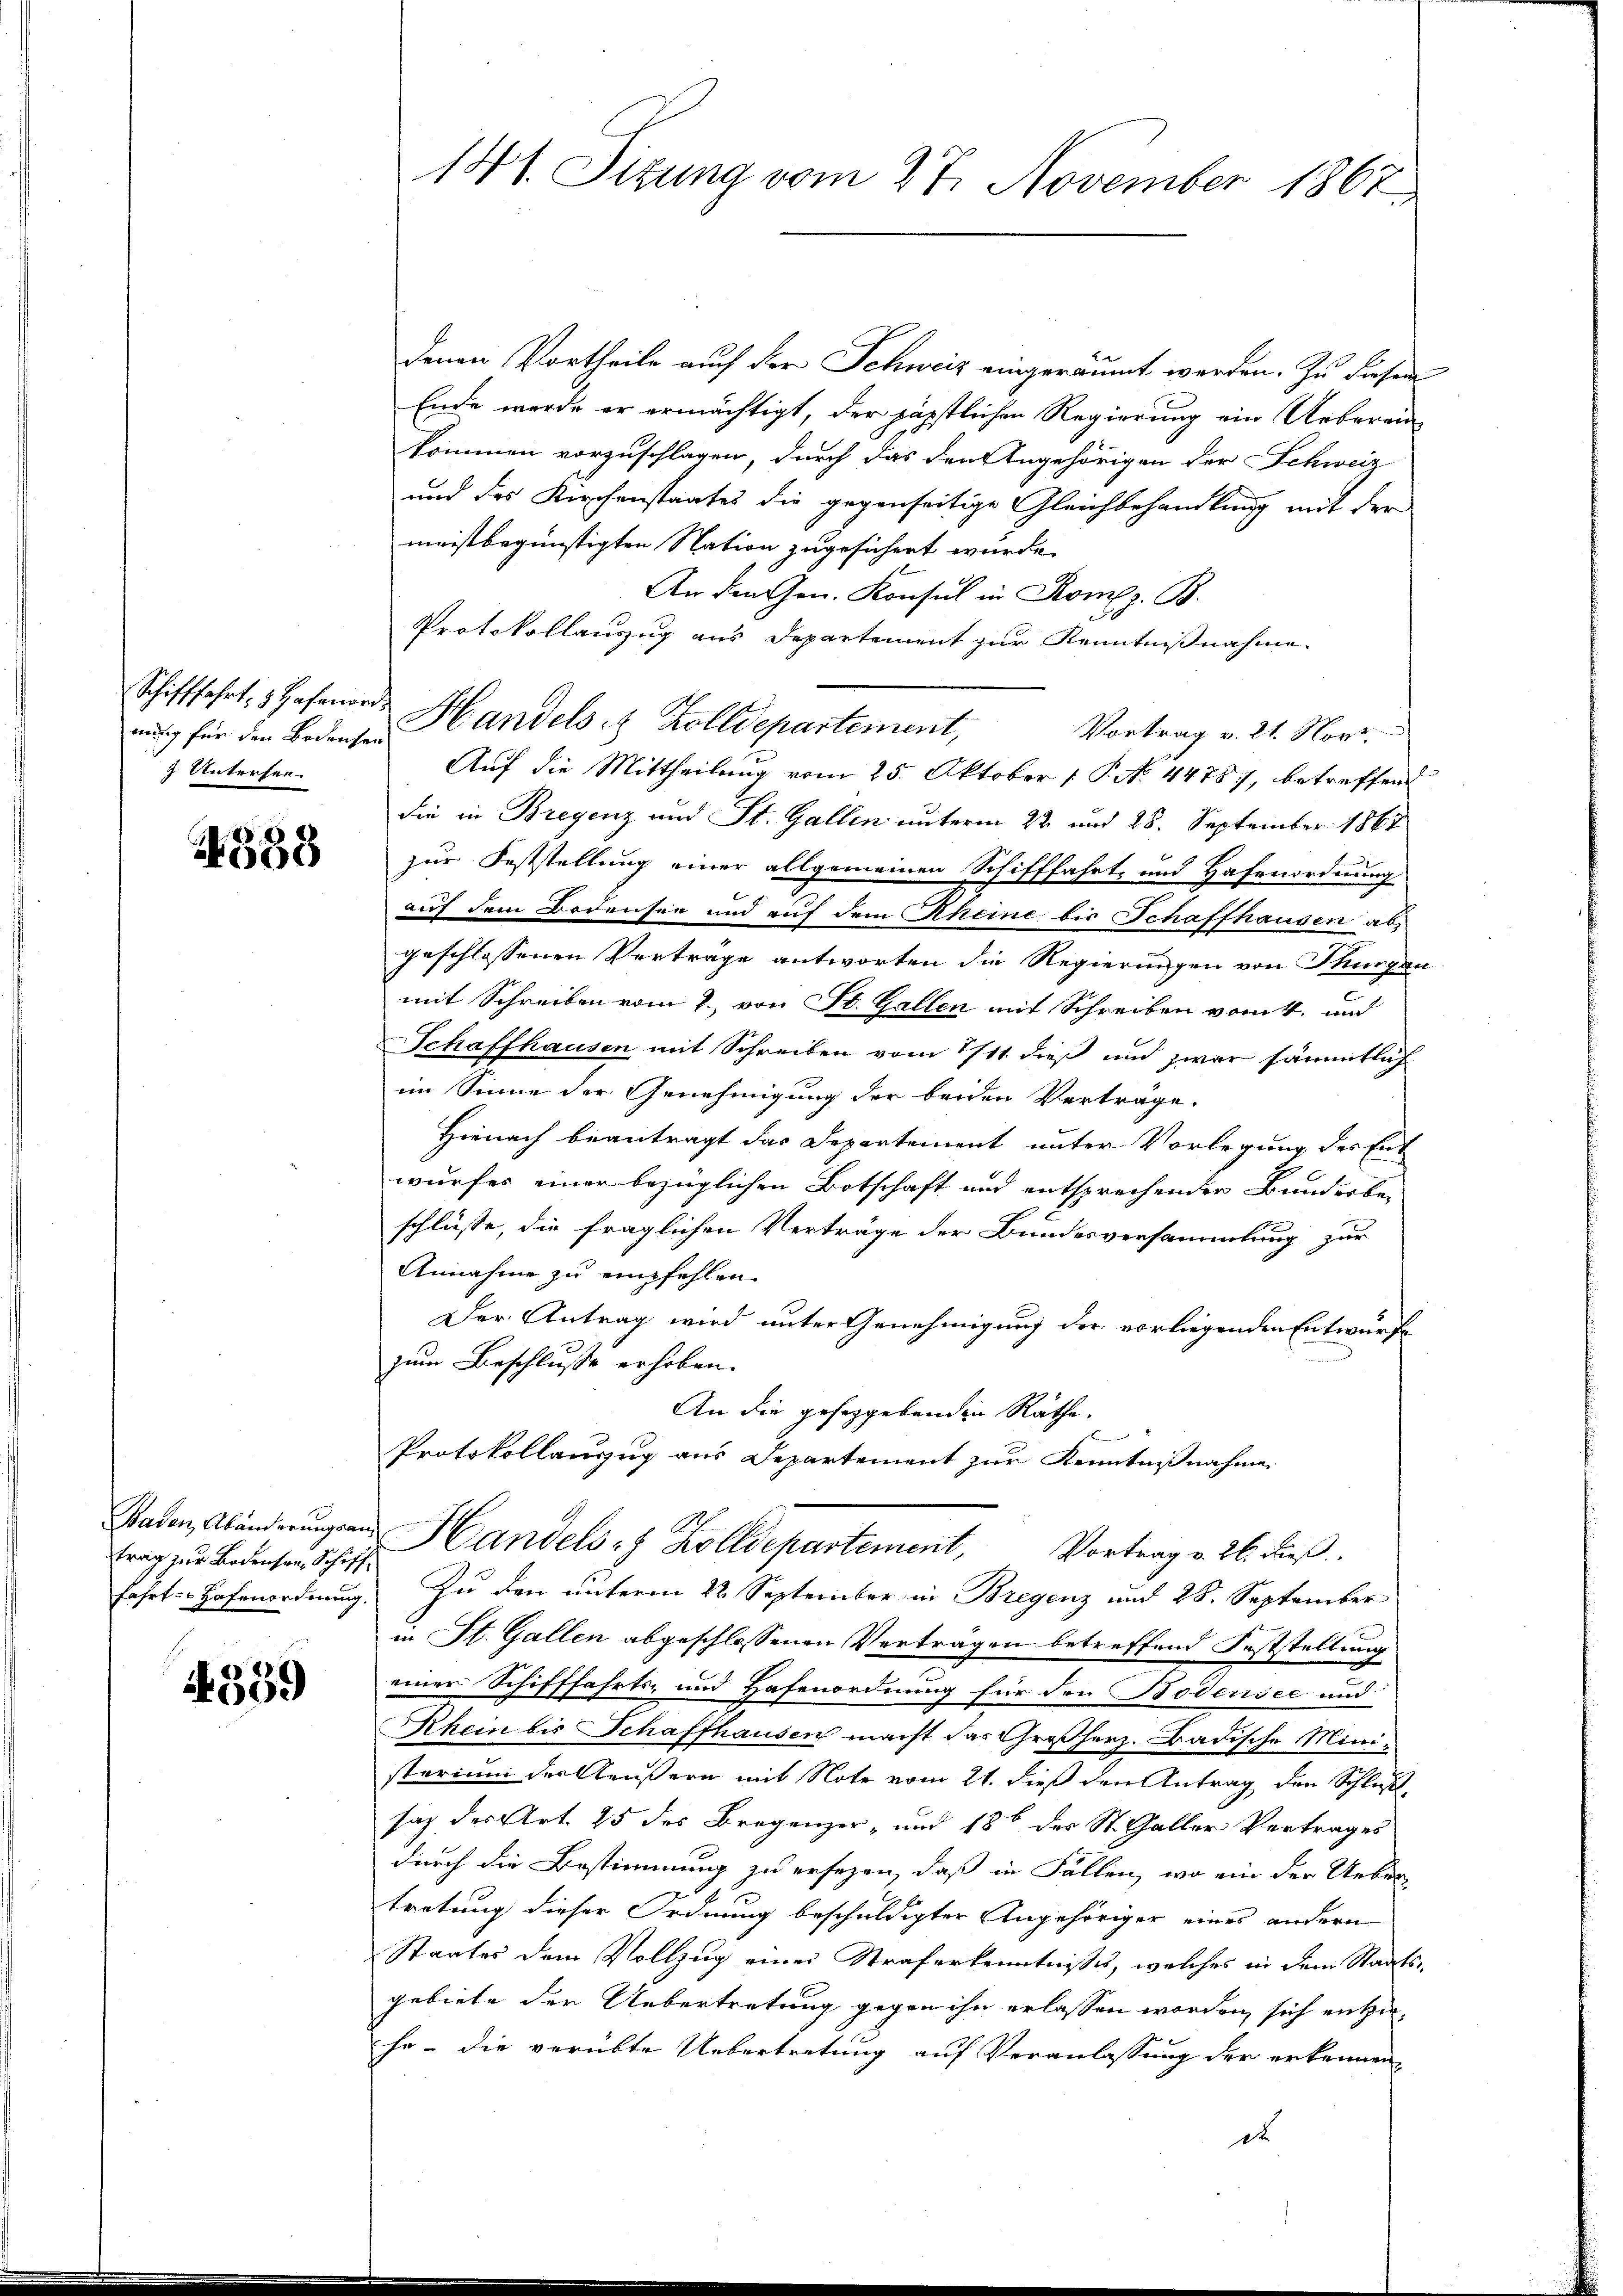
Schifffahrt, z. Hafenord
nung für den Bedersen
g. Unterfen.

4588

Baden, Abänderungsan
trag zur Bodensen, Schifffahrt Hafenordnung

4359

141. Sizung vom 27. November 1867

denen Vortheile auch der Schweiz eingeräumt werden. Zu diesen
Ende werde er ermächtigt, der päpstlichen Regierung ein Ueberein
kommen vorzuschlagen, durch das den Angehörigen der Schweiz
und des Kirchenstaates die gegenseitige Gleichbehandlung mit der
meistbegünstigten Nation zugesichert wurde.
An den Gen. Konsul in Komp. B.
Protokollauszug aus Departement zur Kenntnißnahme
die in Bregenz und St. Gallen unterm 22 und 28. September 1861
zur Feststellung einer allgemeinen Schifffahrt und Hafenordnung
auf dem Bodensee und auf dem Rheine bis Schaffhausen abs
geschlossenen Vertrage antworten die Regierungen von Thurgau
mit Schreiben vom 2. von St. Gallen mit Schreiben vom 1. und
Schaffhausen mit Schreiben vom 1/11. dieß und zwar sämmtlich
im Sinne der Genehmigung der beiden Vertrage.
Hienach beantragt das Departement unter Vorlegung des Ent
wurfes einer bezüglichen Botschaft und entsprechender Bundesbe-
schlüsse, die fraglichen Verträge der Bundesversammlung zur
Annahme zu empfehlen.
Der Antrag wird unter Genehmigung der vorliegenden Entwurfe
zum Beschlusse erhoben.
An die gehergebenden Räthe.
Protokollanzug aus Departement zur Kenntnißnahme
Handels- & Zolldepartement, Vortrag v. 26. dieß
Zu den unterm 22. September in Bregenz und 28. September
in St. Gallen abgeschlossenen Vertragen betreffend Feststellung
einer Schifffahrts- und Hafenordnung für den Bodensee und
Rhein bis Schaffhausen macht das Großherz. Badische Ministarium der Aeußern mit Note vom 21. dieß den Antrag den Schluß,
saz des Art. 25 des Bregenzer- und 186 des St. Galler Vertrages
durch die Bestimmung zu ersezen, daß in Fällen, wo ein der Ueber
tretung dieser Ordnung beschuldigter Angehöriger eines andern
Staates dem Vollzug einer Straferkenntnisses, welches in dem Staats-
gebiete der Uebertretung gegen ihn erlassen worden sich entze
he - die verübte Uebertretung auf Veranlassung der erkennen,
dt

Handels & Zolldepartement,

Auf die Mittheilung vom 25. Oktober [ P. No 4478), betreffend

Vortrag v. 21. Nov.